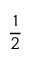
\frac 1 2